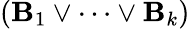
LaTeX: (\mathbf{B}_{1}\lor\cdots\lor\mathbf{B}_{k})